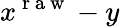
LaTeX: x^{\mathrm{~r~a~w~}}-y